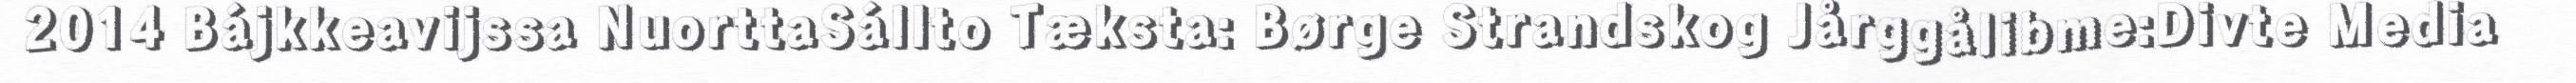
2014 Bájkkeavijssa NuorttaSállto Tæksta: Børge Strandskog Jårggålibme:Divte Media